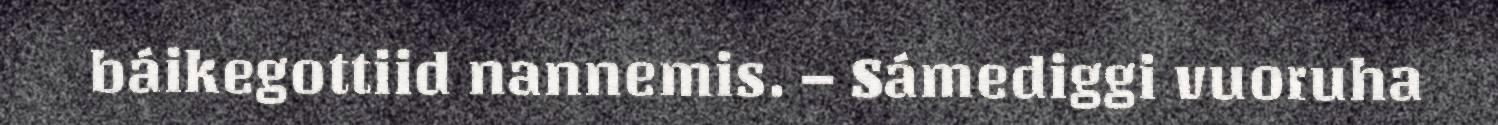
báikegottiid nannemis. – Sámediggi vuoruha